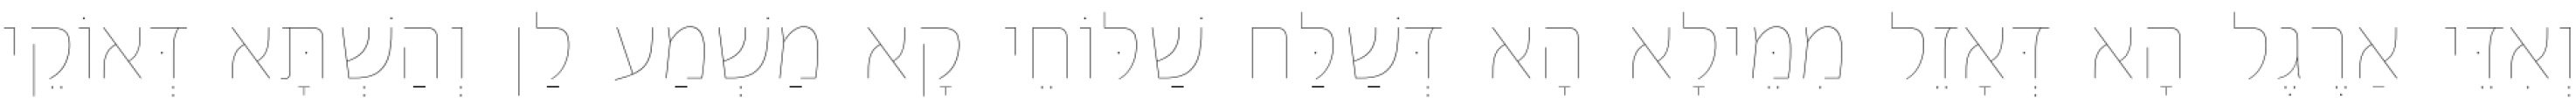
וְאִדֵּי אַרֶגֶל הָא דְּאָזֵל מִמֵּילָא הָא דְּשַׁלַּח שַׁלּוֹחֵי קָא מַשְׁמַע לַן וְהַשְׁתָּא דְּאוֹקֵי